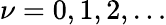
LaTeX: \nu=0,1,2,\ldots